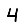
Digit: 4